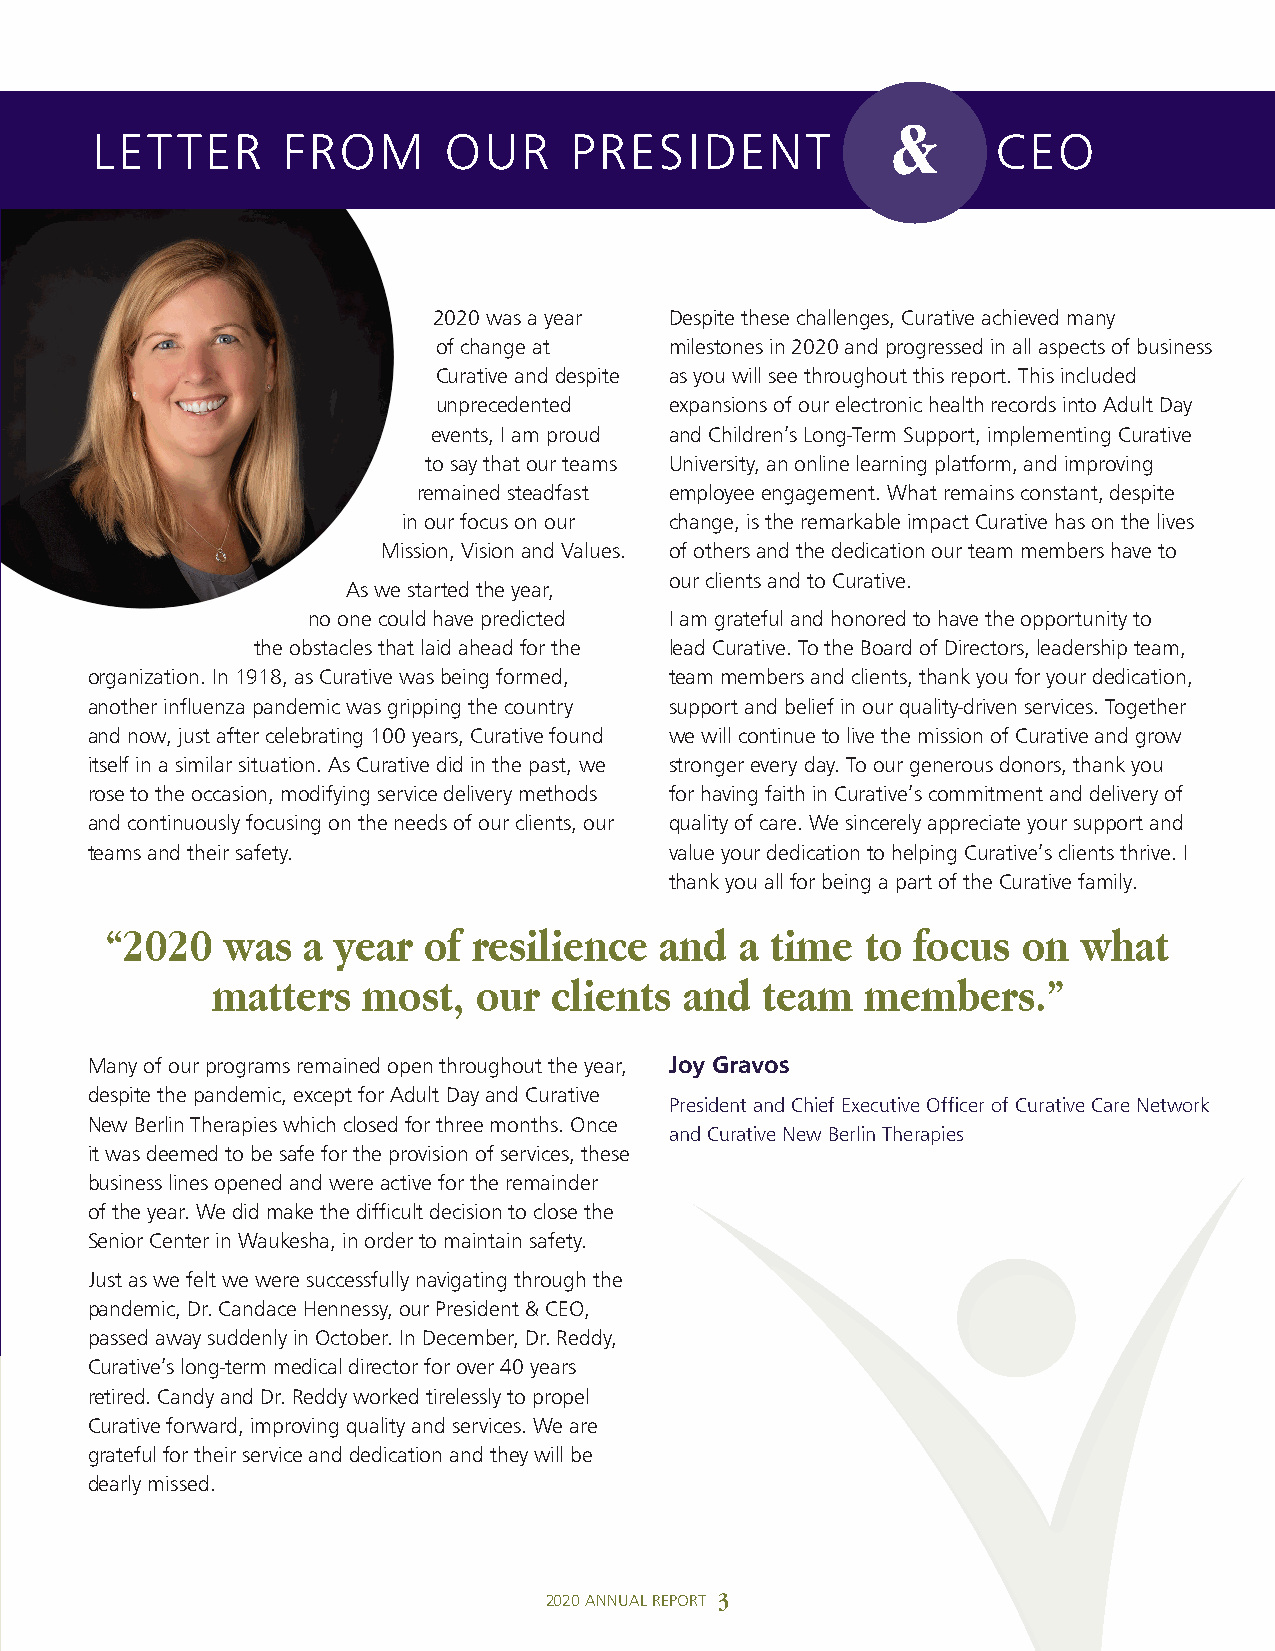
&
 LETTER       FROM      OUR      PRESIDENT                   CEO
 2020 was a year Despite these challenges, Curative achieved many
 of change at   milestones in 2020 and progressed in all aspects of business
 Curative and despite as you will see throughout this report. This included
 unprecedented  expansions of our electronic health records into Adult Day
 events, I am proud and Children’s Long-Term Support, implementing Curative
 to say that our teams University, an online learning platform, and improving
 remained steadfast employee engagement. What remains constant, despite
 in our focus on our change, is the remarkable impact Curative has on the lives
 Mission, Vision and Values. of others and the dedication our team members have to
 our clients and to Curative.
 As we started the year,
 no one could have predicted I am grateful and honored to have the opportunity to
 the obstacles that laid ahead for the lead Curative. To the Board of Directors, leadership team,
 organization. In 1918, as Curative was being formed, team members and clients, thank you for your dedication,
 another influenza pandemic was gripping the country support and belief in our quality-driven services. Together
 and now, just after celebrating 100 years, Curative found we will continue to live the mission of Curative and grow
 itself in a similar situation. As Curative did in the past, we stronger every day. To our generous donors, thank you
 rose to the occasion, modifying service delivery methods for having faith in Curative’s commitment and delivery of
 and continuously focusing on the needs of our clients, our quality of care. We sincerely appreciate your support and
 teams and their safety.               value your dedication to helping Curative’s clients thrive. I
 thank you all for being a part of the Curative family.
 “2020   was  a year  of resilience   and  a time  to focus   on  what
 matters   most,  our  clients  and  team   members.”
 Many of our programs remained open throughout the year, Joy Gravos
 despite the pandemic, except for Adult Day and Curative
 President and Chief Executive Officer of Curative Care Network
 New Berlin Therapies which closed for three months. Once
 and Curative New Berlin Therapies
 it was deemed to be safe for the provision of services, these
 business lines opened and were active for the remainder
 of the year. We did make the difficult decision to close the
 Senior Center in Waukesha, in order to maintain safety.
 Just as we felt we were successfully navigating through the
 pandemic, Dr. Candace Hennessy, our President & CEO,
 passed away suddenly in October. In December, Dr. Reddy,
 Curative’s long-term medical director for over 40 years
 retired. Candy and Dr. Reddy worked tirelessly to propel
 Curative forward, improving quality and services. We are
 grateful for their service and dedication and they will be
 dearly missed.
 2020 ANNUAL REPORT 3